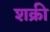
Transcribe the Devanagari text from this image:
शक्री